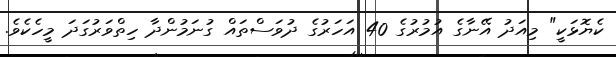
ކެޔޮޅަކީ" މިއަދު އޭނާގެ އުމުރުގެ 40 އަހަރުގެ ދުވަސްތައް ގުނަމުންދާ ހިތްވަރުގަދަ މީހެކެވެ.